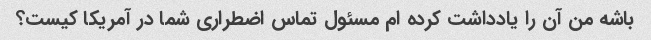
باشه من آن را یادداشت کرده ام مسئول تماس اضطراری شما در آمریکا کیست؟